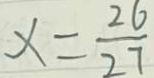
x = \frac { 2 6 } { 2 7 }